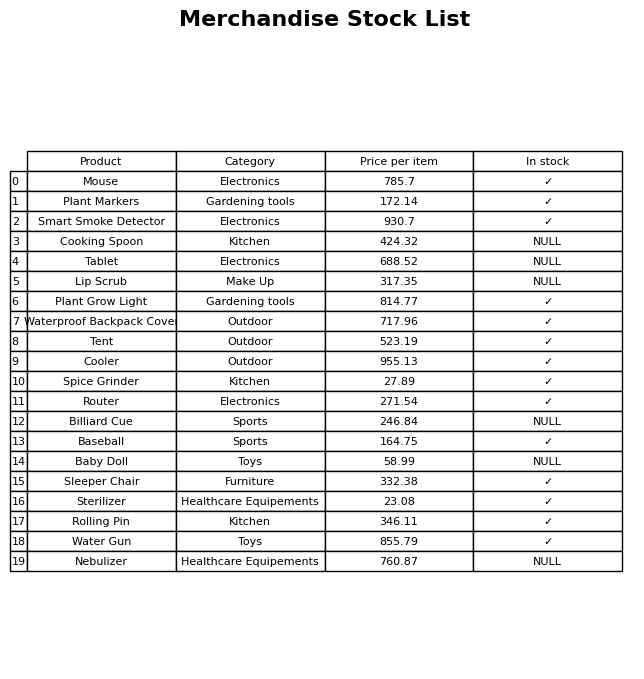
question: What is the price of the Plant Markers?
answer: The price of Plant Markers is 172.14.